Report of an investigation into the causes of the diseases known in Assam as Kála-Azár and Beri-Beri
Disease focus: Beri-Beri
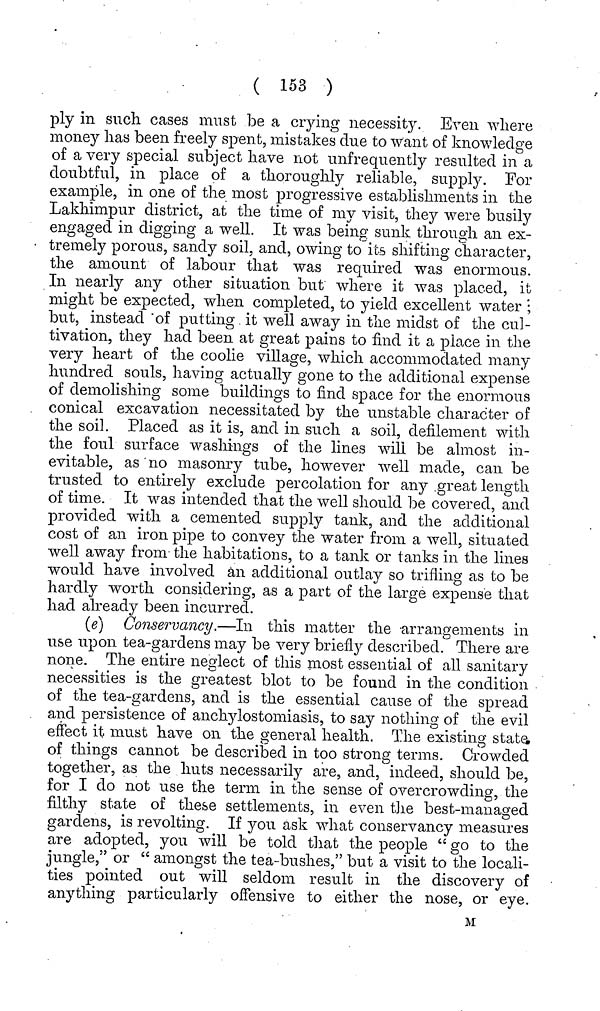
( 153 )
ply in such cases must be a crying necessity. Even where
money has been freely spent, mistakes due to want of knowledge
of a very special subject have not unfrequently resulted in a
doubtful, in place of a thoroughly reliable, supply. For
example, in one of the most progressive establishments in the
Lakhimpur district, at the time of my visit, they were busily
engaged in digging a well. It was beinp; sunk through an ex-
tremely porous, sandy soil, and, owing to its shifting character,
the amount of labour that was required was enormous.
In nearly any other situation but where it was placed, it
might be expected, when completed, to yield excellent water ;
but, instead of putting it well away in the midst of the cul-
tivation, they had been at great pains to find it a place in the
very heart of the coolie village, which accommodated many
hundred souls, having actually gone to the additional expense
of demolishing some buildings to find space for the enormous
conical excavation necessitated by the unstable character of
the soil. Placed as it is, and in such a soil, defilement with
the foul surface washings of the lines will be almost in-
evitable, as no masonry tube, however well made, can be
trusted to entirely exclude percolation for any great length
of time. It was intended that the well should be covered, and
provided with a cemented supply tank, and the additional
cost of an iron pipe to convey the water from a well, situated
well away from the habitations, to a tank or tanks in the lines
would have involved an additional outlay so trifling as to be
hardly worth considering, as a part of the large expense that
had already been incurred.
(e) Conservancy.—In this matter the -arrangements in
use upon tea-gardens may be very briefly described. There are
none. The entire neglect of this most essential of all sanitary
necessities is the greatest blot to be found in the condition
of the tea-gardens, and is the essential cause of the spread
and persistence of anchylostomiasis, to say nothing of the evil
effect it must have on the general health. The existing state
of things cannot be described in too strong terms. Crowded
together, as the huts necessarily are, and, indeed, should be,
for I do not use the term in the sense of overcrowding, the
filthy state of these settlements, in even the best-managed
gardens, is revolting. If you ask what conservancy measures
are adopted, you will be told that the people " go to the
jungle," or " amongst the tea-bushes," but a visit to the locali-
ties pointed out will seldom result in the discovery of
anything particularly offensive to either the nose, or eye.
M